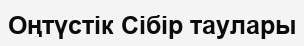
Оңтүстік Сібір таулары